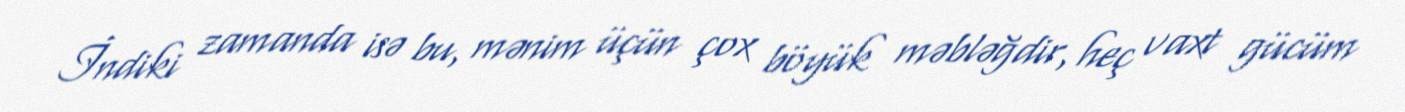
İndiki zamanda isə bu, mənim üçün çox böyük məbləğdir, heç vaxt gücüm